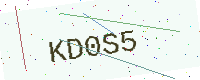
Text: KD0S5